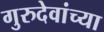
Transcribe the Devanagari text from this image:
गुरुदेवांच्या